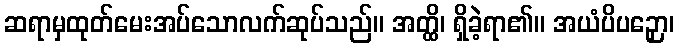
ဆရာမှထုတ်မေးအပ်သောလက်ဆုပ်သည်။ အတ္ထိ၊ ရှိခဲ့ရာ၏။ အယံပိပဉှော၊